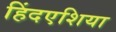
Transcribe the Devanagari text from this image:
हिंदएशिया